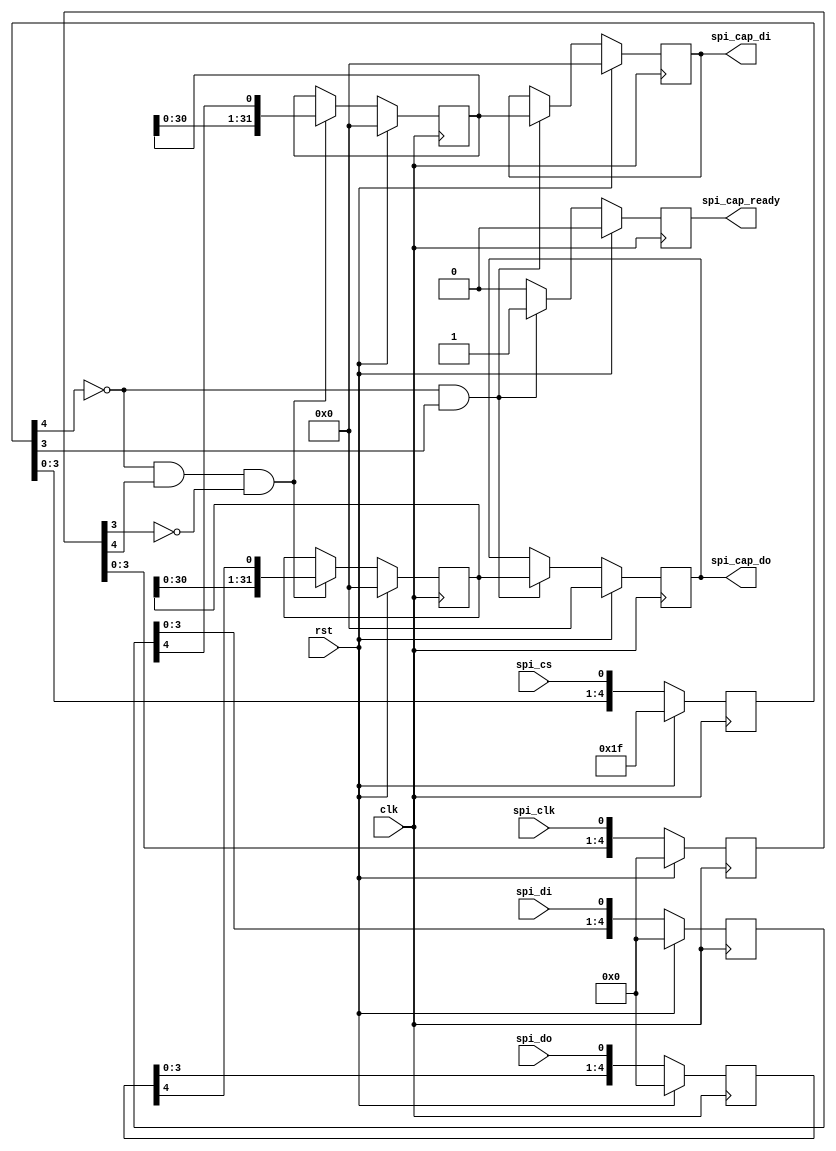
module spi_simple (
 input clk,
 input rst,
 output reg spi_cap_ready,
 output reg [31:0] spi_cap_do,
 output reg [31:0] spi_cap_di,
 input spi_di, 
 input spi_do, 
 input spi_clk,
 input spi_cs
);
parameter UART_CLK_DIV_LSB = 8'h3c;

// local wires and regs
reg [7:0] spi_clk_reg;
reg [7:0] spi_do_reg;
reg [7:0] spi_di_reg;
reg [7:0] spi_cs_reg;
reg [31:0] spi_cap_di_reg;
reg [31:0] spi_cap_do_reg;

// spi_cs goes low, and then there are 32 spi_clk pulses.
// All we need to do is register spi_do and spi_di at the rising edge of
// spi_clk
// clk should be 4x faster than spi_clk

always @(posedge clk) begin
  if (rst == 1'b1) begin
    spi_cap_di <= 32'h0000_0000;
    spi_cap_do <= 32'h0000_0000;
    spi_cap_di_reg <= 32'h0000_0000;
    spi_cap_do_reg <= 32'h0000_0000;
    spi_cap_ready <= 1'b0;
    spi_clk_reg <= 8'h00;
    spi_do_reg <= 8'h00;
    spi_di_reg <= 8'h00;
    spi_cs_reg <= 8'hff;
  end
  else begin
    // Register "spi_clk" clock domain signals
    // into the "clk" clock domain.
    spi_cap_ready <= 1'b0;
    spi_clk_reg <= {spi_clk_reg[6:0], spi_clk};
    spi_do_reg <= {spi_do_reg[6:0], spi_do};
    spi_di_reg <= {spi_di_reg[6:0], spi_di};
    spi_cs_reg <= {spi_cs_reg[6:0], spi_cs};
    // at rising edge of spi_clk, register spi_di and spi_do
    if (spi_cs_reg[4] == 1'b0 && spi_clk_reg[4] == 1'b1 && spi_clk_reg[3] == 1'b0) begin
      spi_cap_di_reg <= {spi_cap_di_reg[30:0], spi_di_reg[4]};
      spi_cap_do_reg <= {spi_cap_do_reg[30:0], spi_do_reg[4]};
    end
    // at spi_cs rising edge, register the final 32-bit values for spi_di and
    // spi_do, and indicate availability
    if (spi_cs_reg[4] == 1'b0 && spi_cs_reg[3] == 1'b1) begin
      spi_cap_di <= spi_cap_di_reg;
      spi_cap_do <= spi_cap_do_reg;
      spi_cap_ready <= 1'b1;
    end
  end
end

endmodule